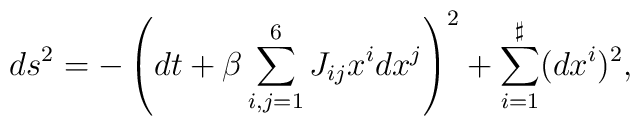
ds^2 = - \left( dt + \beta \sum_{i,j=1}^6 J_{ij} x^i dx^j \right)^2  + \sum_{i=1}^{\sharp} ( dx^i )^2,